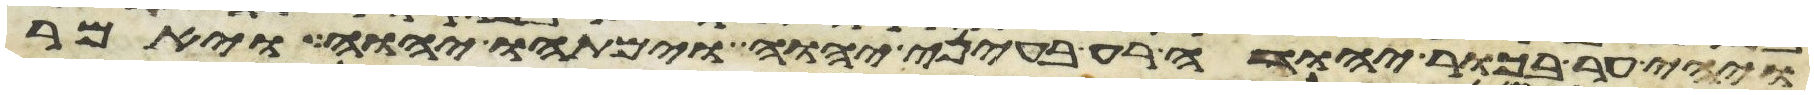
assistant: ויהי ער בכור יהודה רע בעיני יהוה וימתהו יהוה ויאמר